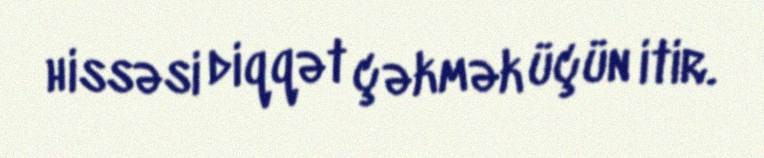
hissəsi diqqət çəkmək üçün itir.